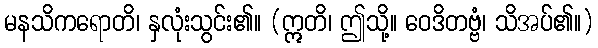
မနသိကရောတိ၊ နှလုံးသွင်း၏။ (ဣတိ၊ ဤသို့။ ဝေဒိတဗ္ဗံ၊ သိအပ်၏။)